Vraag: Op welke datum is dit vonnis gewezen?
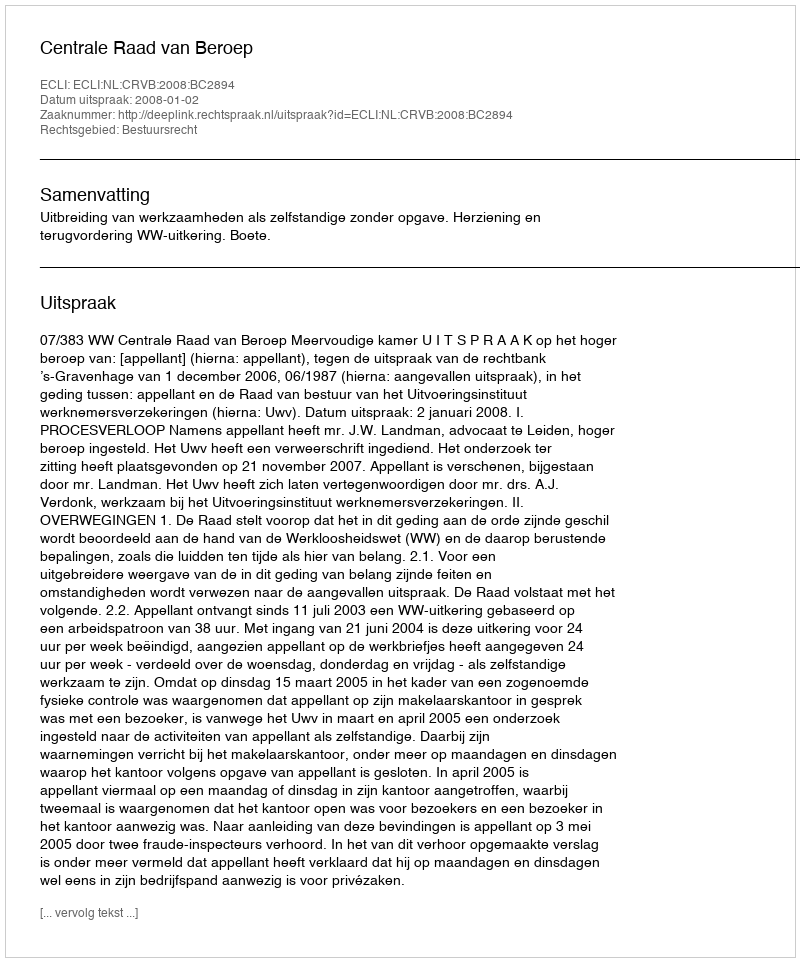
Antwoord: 2008-01-02